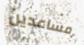
مساعدين